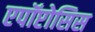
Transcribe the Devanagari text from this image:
एपॉप्टोसिस